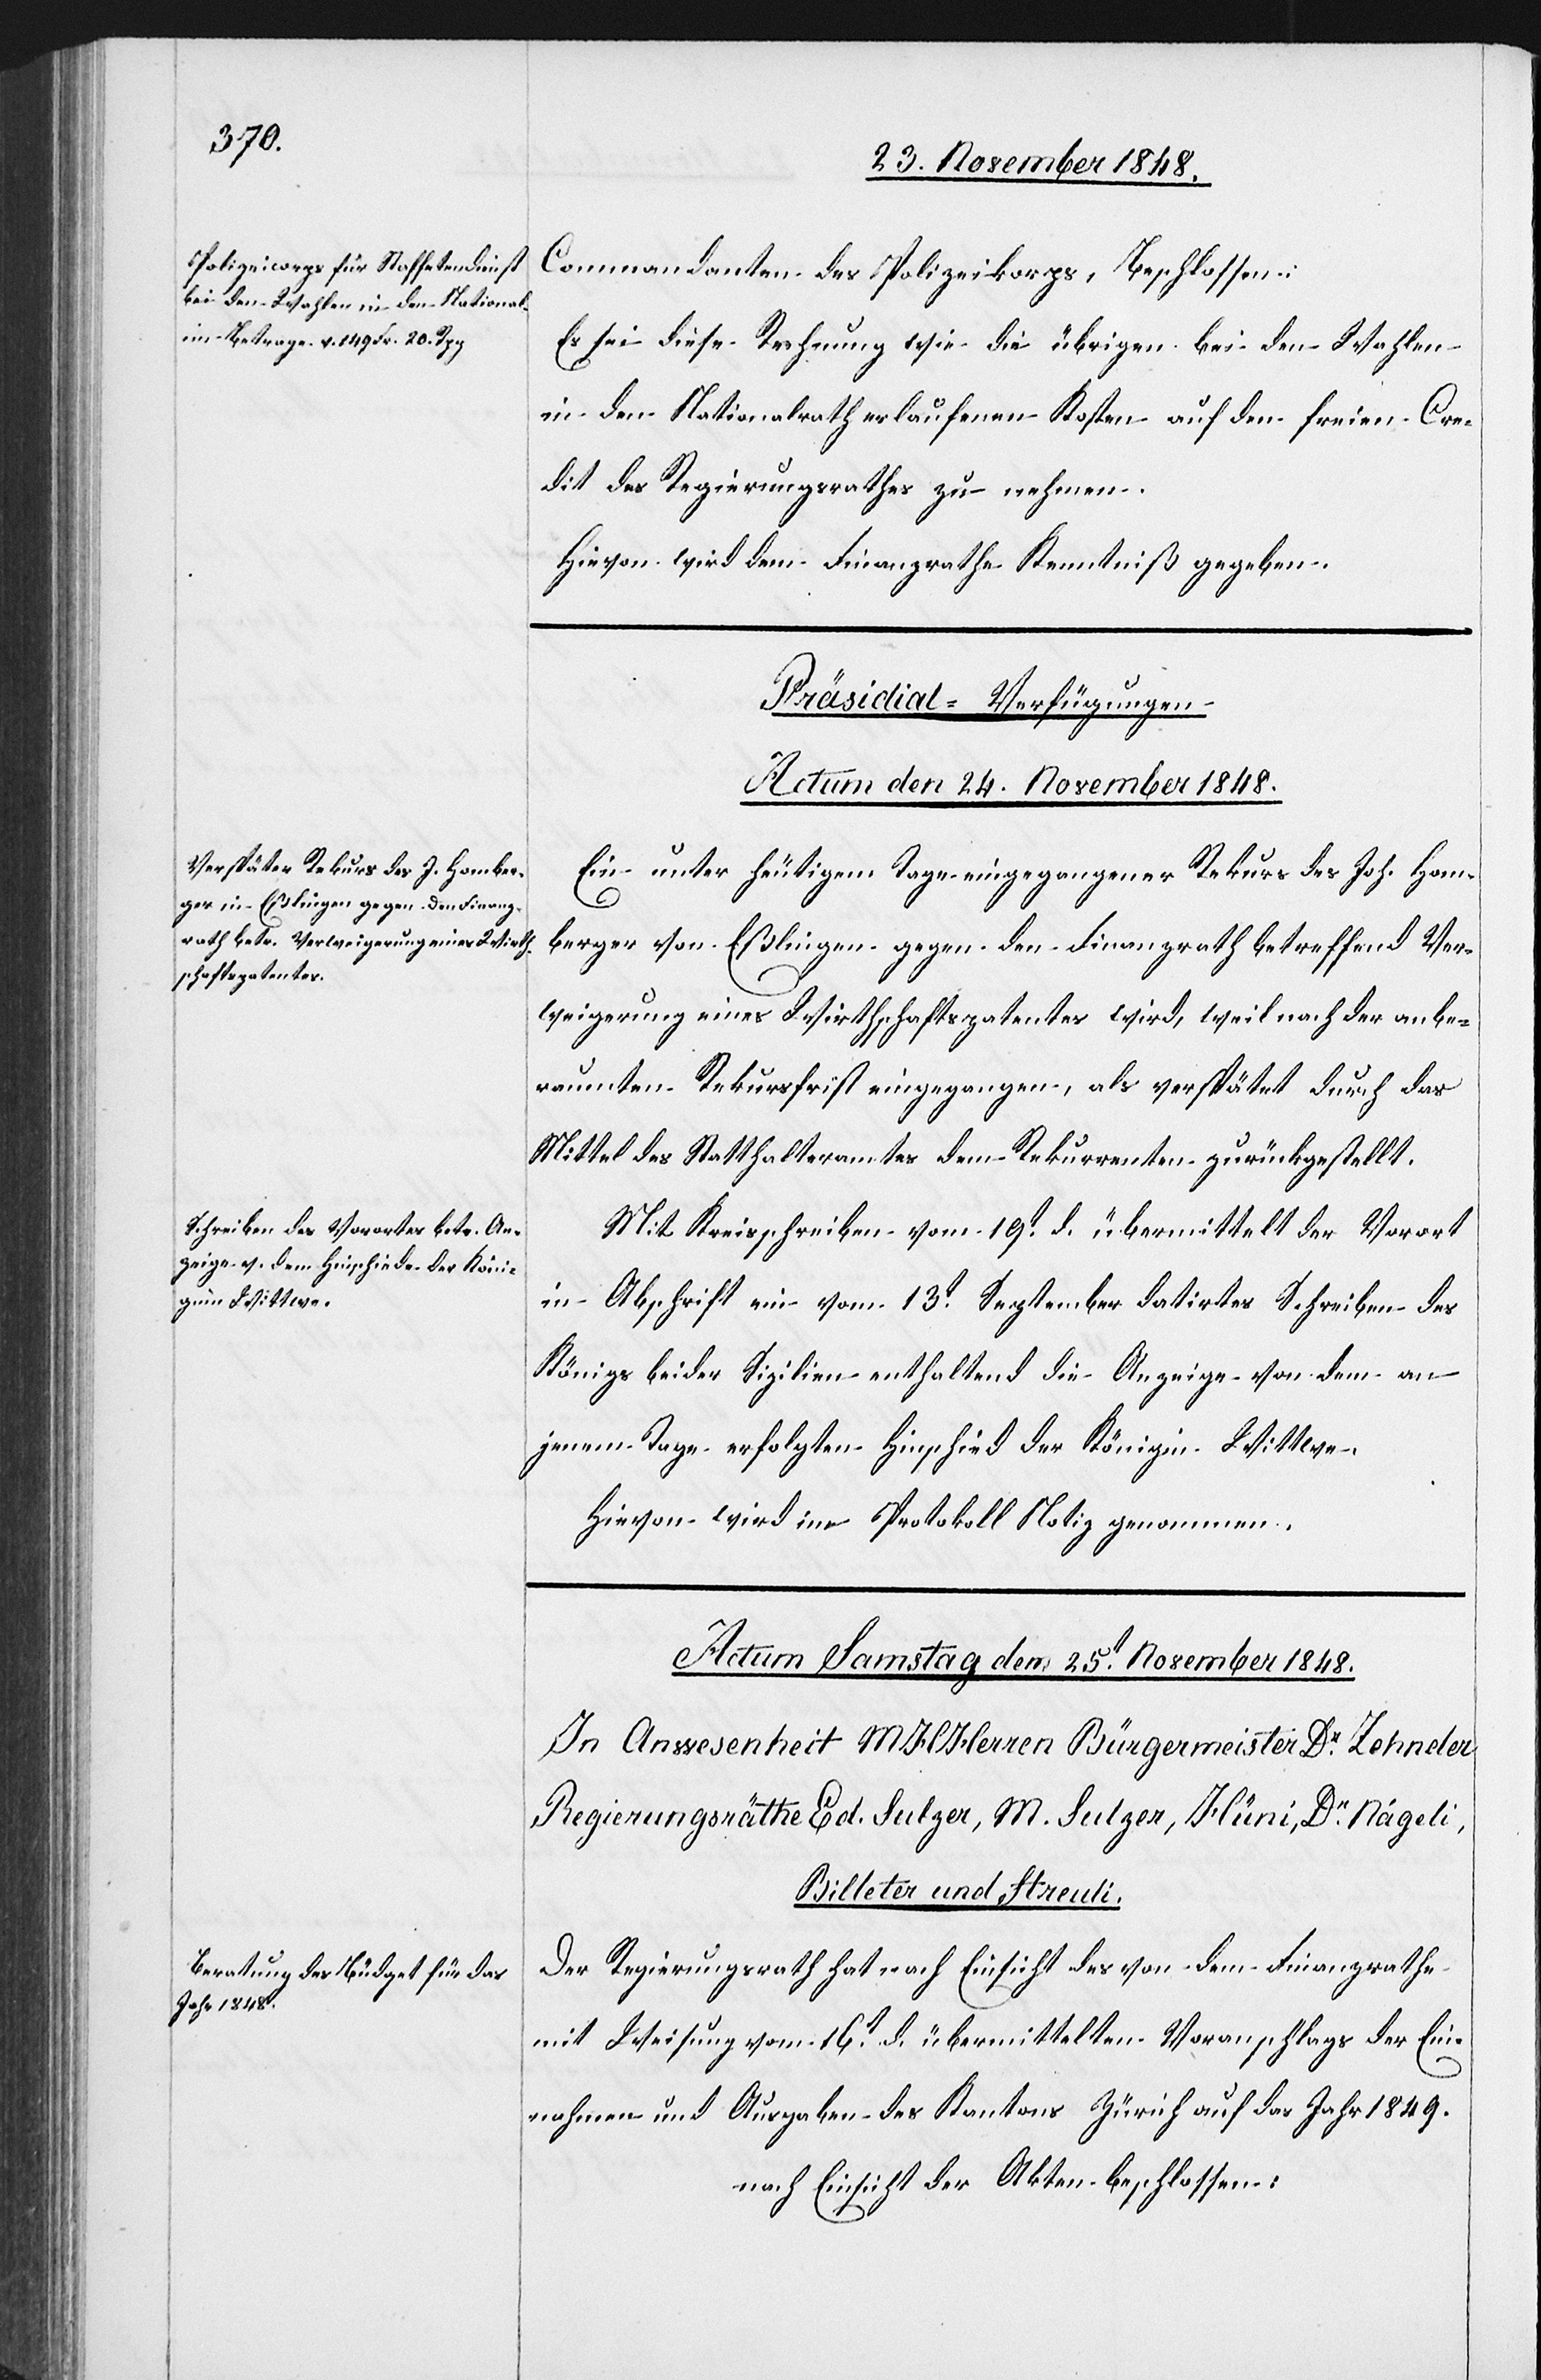
Commandanten des Polizeikorps, beschlossen:
Es sei diese Rechnung wie die übrigen bei den Wahlen
in den Nationalrath erlaufenen Kosten auf den freien Cre¬
dit des Regierungsrathes zu nehmen.
Hievon wird dem Finanzrathe Kenntniß gegeben.
[Präsidial-Verfügungen.
Actum den 24. November 1848.]
Ein unter heutigem Tage eingegangener Rekurs des Joh. Hom¬
berger von Eßlingen gegen den Finanzrath betreffend Ver¬
weigerung eines Wirthschaftspatentes wird, weil nach der anbe¬
raumten Rekursfrist eingegangen, als verspätet durch das
Mittel des Statthalteramtes dem Rekurrenten zurückgestellt.
Mit Kreisschreiben vom 19t d. übermittelt der Vorort
in Abschrift ein vom 13t September datirtes Schreiben des
Königs beider Sizilien enthaltend die Anzeige von dem an
jenem Tage erfolgten Hinschied der Königin Wittwe.
Hievon wird im Protokoll Notiz genommen.
Der Regierungsrath hat nach Einsicht des von dem Finanzrathe
mit Weisung vom 16t d. übermittelten Voranschlags der Ein¬
nahmen und Ausgaben des Kantons Zürich auf das Jahr 1849.
nach Einsicht der Akten beschlossen: